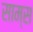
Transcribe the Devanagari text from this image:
साम्स